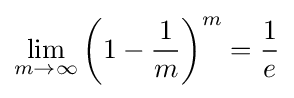
\lim _{m\to \infty }\left(1-{\frac {1}{m}}\right)^{m}={\frac {1}{e}}